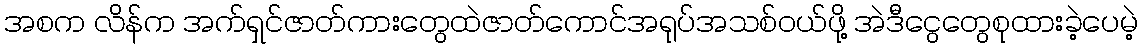
အစက လိန်က အက်ရှင်ဇာတ်ကားတွေထဲဇာတ်ကောင်အရုပ်အသစ်ဝယ်ဖို့ အဲဒီငွေတွေစုထားခဲ့ပေမဲ့